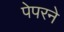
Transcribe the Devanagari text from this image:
पेपरने